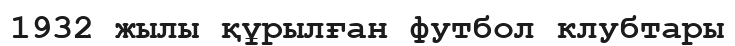
1932 жылы құрылған футбол клубтары